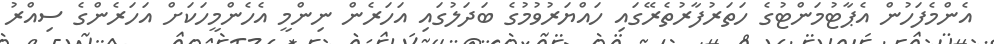
އެންމެފަހުން އެޕާޓުމަންޓުގެ ހަތަރުފާރުތެރޭގައި ހައްޔަރުވުމުގެ ބަދަލުގައި އަހަރެން ނިންމީ އެހެންމީހަކަށް އަހަރެންގެ ސިއްރު